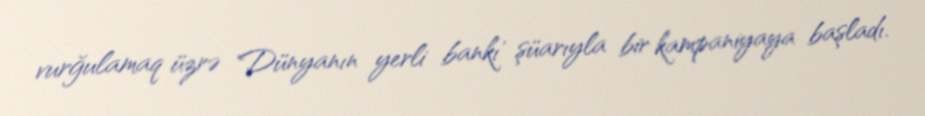
vurğulamaq üzrə 'Dünyanın yerli bankı' şüarıyla bir kampaniyaya başladı.